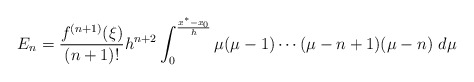
\begin{align*}\begin{aligned}E_n&=\frac{f^{(n+1)}(\xi)}{(n+1)!}h^{n+2}\int_{0}^{\frac{x^*-x_0}{h}}\mu(\mu-1)\cdots(\mu-n+1)(\mu-n)\ d\mu\end{aligned}\end{align*}